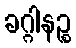
ခဂ္ဂါနဉ္စ